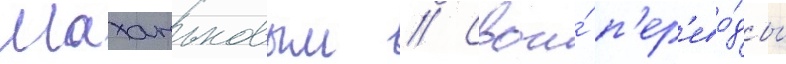
Маханьковым // Свои́ п'ер'ево́ды